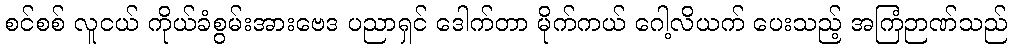
စင်စစ် လူငယ် ကိုယ်ခံစွမ်းအားဗေဒ ပညာရှင် ဒေါက်တာ မိုက်ကယ် ဂေါ့လိယက် ပေးသည့် အကြံဉာဏ်သည်